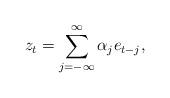
LaTeX: \begin{align*}z_t=\sum_{ j=-\infty }^{\infty} \alpha_j e_{t-j},\end{align*}